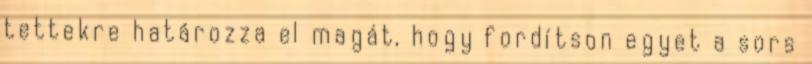
tettekre határozza el magát, hogy fordítson egyet a sors